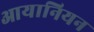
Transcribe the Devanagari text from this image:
आयानियन